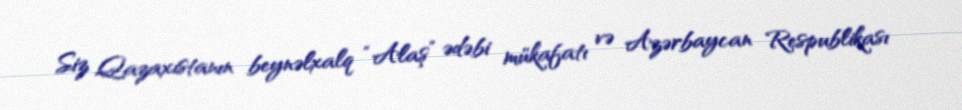
Siz Qazaxıstanın beynəlxalq “Alaş” ədəbi mükafatı və Azərbaycan Respublikası